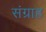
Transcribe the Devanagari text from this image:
संग्राह